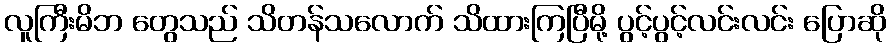
လူကြီးမိဘ တွေသည် သိတန်သလောက် သိထားကြပြီမို့ ပွင့်ပွင့်လင်းလင်း ပြောဆို